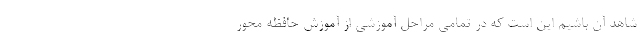
شاهد آن باشیم این است که در تمامی مراحل آموزشی از آموزش حافظه محور